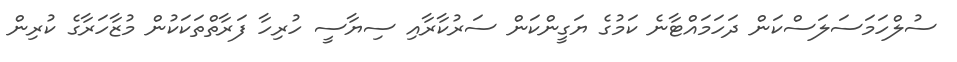
ސުލްހަމަސަލަސްކަން ދަހަމައްޓާނެ ކަމުގެ ޔަގީންކަން ސަރުކާރާއި ސިޔާސީ ހުރިހާ ފަރާތްތަކަކުން މުޒާހަރާގެ ކުރިން